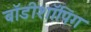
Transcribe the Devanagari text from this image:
बॉडीशॉपिंग